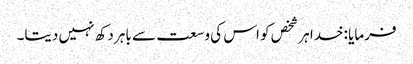
فرمایا :خدا ہر شخص کو اس کی وسعت سے باہر دکھ نہیں دیتا۔